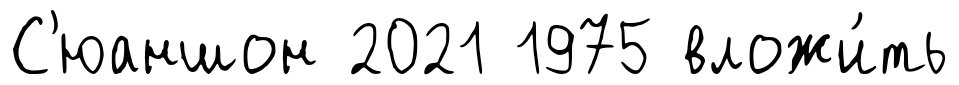
С'юаншон 2021 1975 вложи́ть